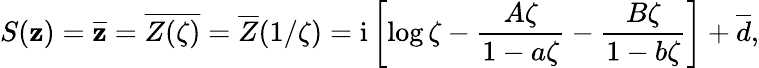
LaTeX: S(\mathbf{z})=\overline{{{\mathbf{z}}}}=\overline{{{Z(\zeta)}}}=\overline{{{Z}}}(1/\zeta)=\mathrm{{i}}\left[\log\zeta-\frac{{A\zeta}}{{1-a\zeta}}-\frac{{B\zeta}}{{1-b\zeta}}\right]+\overline{{{d}}},